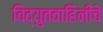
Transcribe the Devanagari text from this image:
विद्युतवाहिनीचे